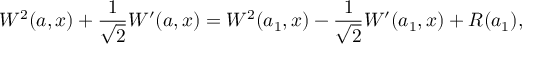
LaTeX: W ^ { 2 } ( a , x ) + \frac { 1 } { \sqrt { 2 } } W ^ { \prime } ( a , x ) = W ^ { 2 } ( a _ { 1 } , x ) - \frac { 1 } { \sqrt { 2 } } W ^ { \prime } ( a _ { 1 } , x ) + R ( a _ { 1 } ) ,